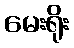
မေးရိုး